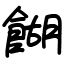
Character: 餬